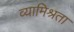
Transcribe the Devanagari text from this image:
व्यामिश्रता